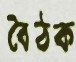
বৈঠক